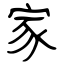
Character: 家